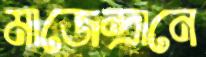
মাজেন্দ্রানে